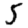
Digit: 5